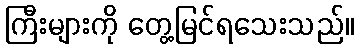
ကြီးများကို တွေ့မြင်ရသေးသည်။